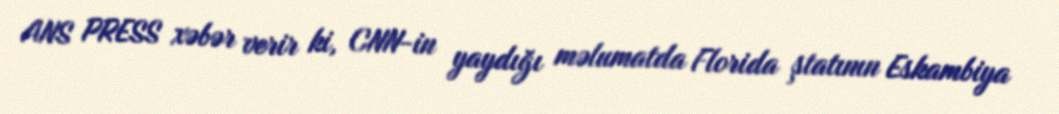
ANS PRESS xəbər verir ki, CNN-in yaydığı məlumatda Florida ştatının Eskambiya